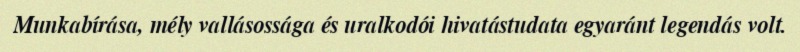
Munkabírása, mély vallásossága és uralkodói hivatástudata egyaránt legendás volt.